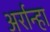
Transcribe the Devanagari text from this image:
अर्रान्हा